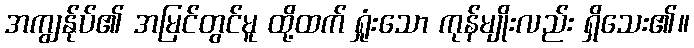
အကျွန်ုပ်၏ အမြင်တွင်မူ ထို့ထက် ရှုံးသော ကုန်မျိုးလည်း ရှိသေး၏။